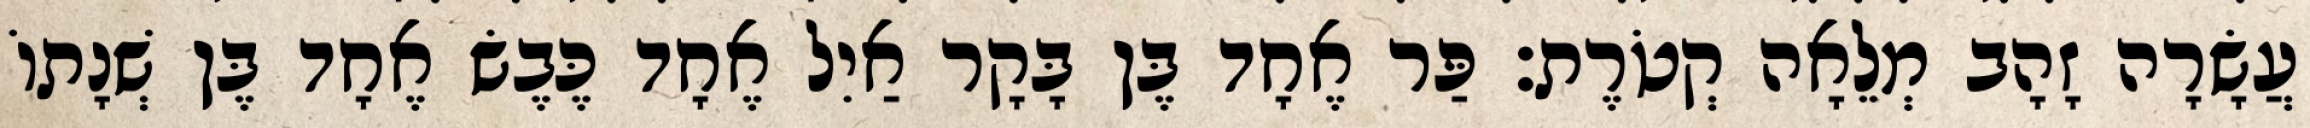
עֲשָׂרָה זָהָב מְלֵאָה קְטֹרֶת׃ פַּר אֶחָד בֶּן בָּקָר אַיִל אֶחָד כֶּבֶשׂ אֶחָד בֶּן שְׁנָתוֹ